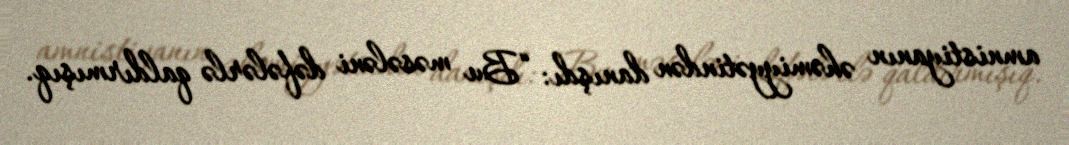
amnistiyanın əhəmiyyətindən danışdı: “Bu məsələni dəfələrlə qaldırmışıq.